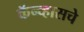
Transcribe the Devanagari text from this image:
कॅन्व्हासचे